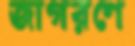
জাগরণে